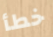
خطأ